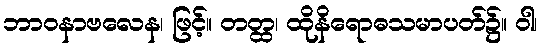
ဘာဝနာဗလေန၊ ဖြင့်။ တတ္ထ၊ ထိုနိရောဓသမာပတ်၌။ ဝါ၊